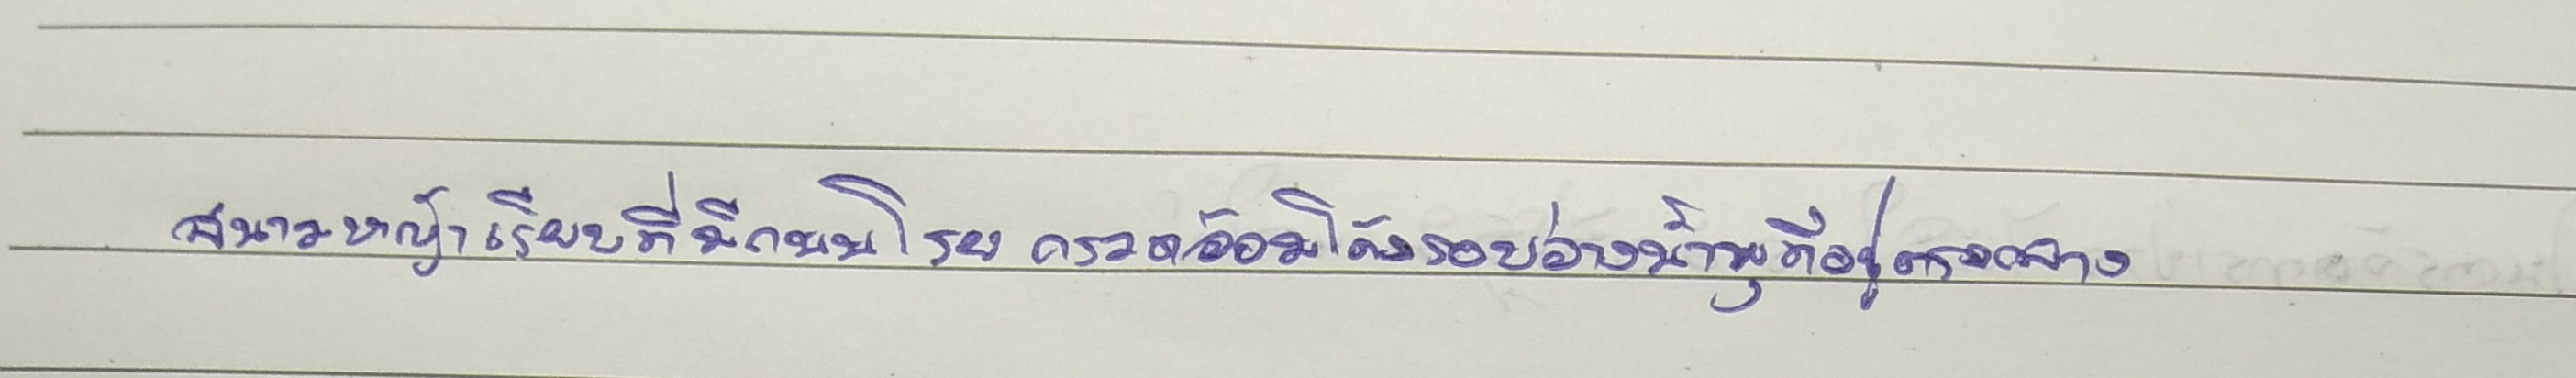
สนามหญ้าเรียบที่มีถนนโรยกรวดอ้อมโค้งรอบอ่างน้ำพุที่อยู่ตรงกลาง